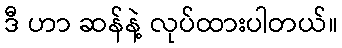
ဒီ ဟာ ဆန်နဲ့ လုပ်ထားပါတယ်။